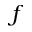
f